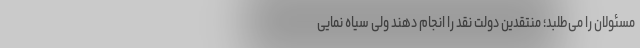
مسئولان را می‌طلبد؛ منتقدین دولت نقد را انجام دهند ولی سیاه نمایی